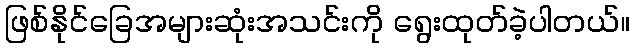
ဖြစ်နိုင်ခြေအများဆုံးအသင်းကို ရွေးထုတ်ခဲ့ပါတယ်။